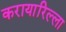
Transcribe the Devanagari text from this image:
करायारिल्ला